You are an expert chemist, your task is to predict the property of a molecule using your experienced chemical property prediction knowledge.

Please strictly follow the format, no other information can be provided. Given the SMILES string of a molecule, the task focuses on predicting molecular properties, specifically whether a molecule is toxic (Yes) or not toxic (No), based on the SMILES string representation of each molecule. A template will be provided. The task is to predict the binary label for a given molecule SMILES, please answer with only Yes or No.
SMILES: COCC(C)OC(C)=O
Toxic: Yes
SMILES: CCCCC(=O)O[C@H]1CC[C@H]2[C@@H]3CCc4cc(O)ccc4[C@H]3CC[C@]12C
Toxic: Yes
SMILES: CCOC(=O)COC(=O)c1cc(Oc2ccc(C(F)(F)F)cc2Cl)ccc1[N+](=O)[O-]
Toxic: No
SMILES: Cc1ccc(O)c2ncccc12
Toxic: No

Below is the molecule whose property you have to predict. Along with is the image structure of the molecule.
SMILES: CC(=O)c1sc(C)nc1C
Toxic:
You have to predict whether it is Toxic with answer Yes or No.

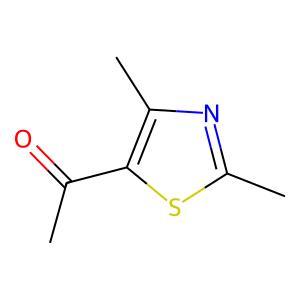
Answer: No